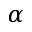
\alpha